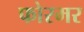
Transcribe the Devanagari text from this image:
फोरमर